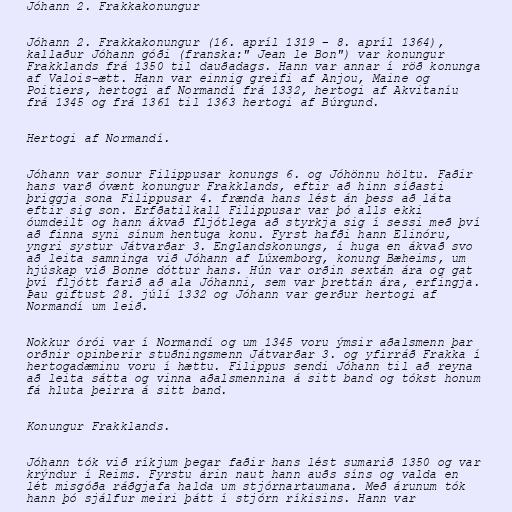
Jóhann 2. Frakkakonungur

Jóhann 2. Frakkakonungur (16. apríl 1319 – 8. apríl 1364),
kallaður Jóhann góði (franska:" Jean le Bon") var konungur
Frakklands frá 1350 til dauðadags. Hann var annar í röð konunga
af Valois-ætt. Hann var einnig greifi af Anjou, Maine og
Poitiers, hertogi af Normandí frá 1332, hertogi af Akvitaníu
frá 1345 og frá 1361 til 1363 hertogi af Búrgund.

Hertogi af Normandí.

Jóhann var sonur Filippusar konungs 6. og Jóhönnu höltu. Faðir
hans varð óvænt konungur Frakklands, eftir að hinn síðasti
þriggja sona Filippusar 4. frænda hans lést án þess að láta
eftir sig son. Erfðatilkall Filippusar var þó alls ekki
óumdeilt og hann ákvað fljótlega að styrkja sig í sessi með því
að finna syni sínum hentuga konu. Fyrst hafði hann Elinóru,
yngri systur Játvarðar 3. Englandskonungs, í huga en ákvað svo
að leita samninga við Jóhann af Lúxemborg, konung Bæheims, um
hjúskap við Bonne dóttur hans. Hún var orðin sextán ára og gat
því fljótt farið að ala Jóhanni, sem var þrettán ára, erfingja.
Þau giftust 28. júlí 1332 og Jóhann var gerður hertogi af
Normandí um leið.

Nokkur órói var í Normandí og um 1345 voru ýmsir aðalsmenn þar
orðnir opinberir stuðningsmenn Játvarðar 3. og yfirráð Frakka í
hertogadæminu voru í hættu. Filippus sendi Jóhann til að reyna
að leita sátta og vinna aðalsmennina á sitt band og tókst honum
fá hluta þeirra á sitt band.

Konungur Frakklands.

Jóhann tók við ríkjum þegar faðir hans lést sumarið 1350 og var
krýndur í Reims. Fyrstu árin naut hann auðs síns og valda en
lét misgóða ráðgjafa halda um stjórnartaumana. Með árunum tók
hann þó sjálfur meiri þátt í stjórn ríkisins. Hann var